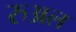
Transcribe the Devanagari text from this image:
रुअल